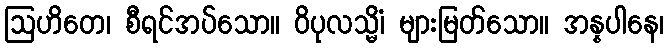
ဩဟိတေ၊ စီရင်အပ်သော။ ဝိပုလသ္မိံ၊ များမြတ်သော။ အန္နပါနေ၊